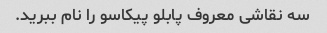
سه نقاشی معروف پابلو پیکاسو را نام ببرید.